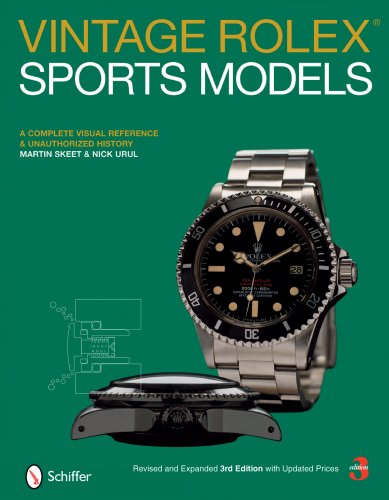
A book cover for Vintage Rolex Sports Models: A Complete Visual Reference & Unauthorized History; Martin Skeet; Crafts, Hobbies & Home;